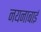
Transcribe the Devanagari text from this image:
नयनाबाई